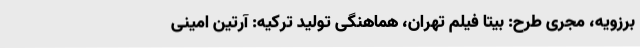
برزویه، مجری طرح: بیتا فیلم تهران، هماهنگی تولید ترکیه: آرتین امینی